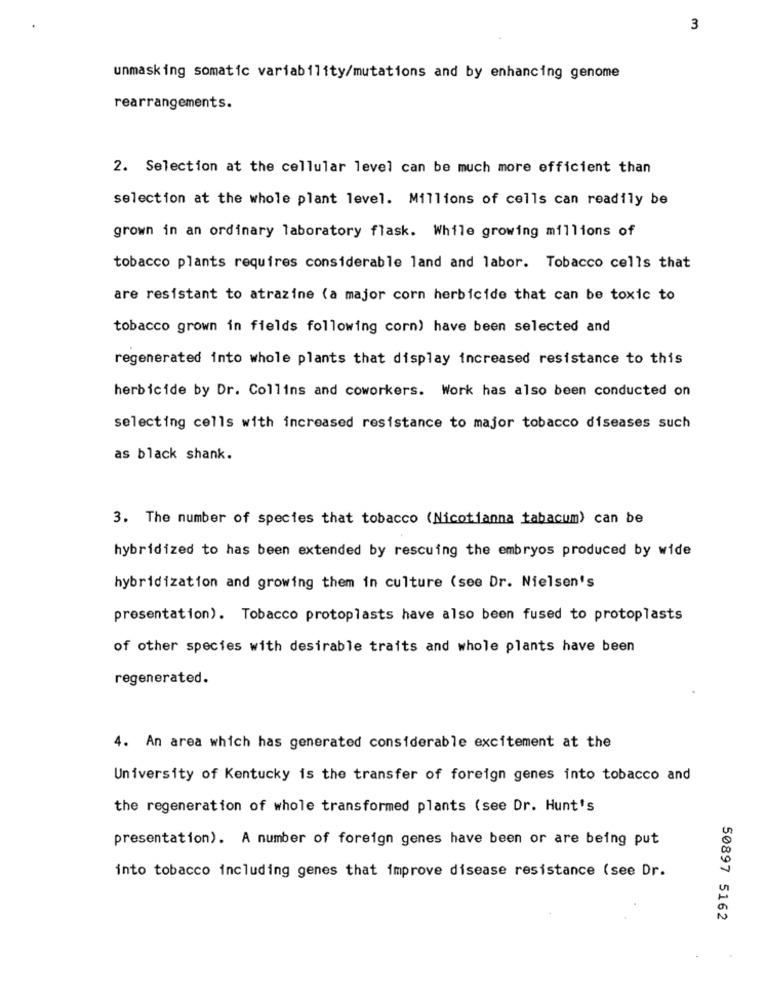
3
unmasking somatic variability/mutations and by enhancing genome
rearrangements.
2. Selection at the cellular level can be much more efficient than
selection at the whole plant level. Millions of cells can readily be
grown in an ordinary laboratory flask. While growing millions of
tobacco plants requires considerable land and labor. Tobacco cells that
are resistant to atrazine (a major corn herbicide that can be toxic to
tobacco grown in fields following corn) have been selected and
regenerated into whole plants that display increased resistance to this
herbicide by Dr. Collins and coworkers. Work has also been conducted on
selecting cells with increased resistance to major tobacco diseases such
as black shank.
3. The number of species that tobacco (Nicotianna tabacum) can be
hybridized to has been extended by rescuing the embryos produced by wide
hybridization and growing them in culture (see Dr. Nielsen's
presentation). Tobacco protoplasts have also been fused to protoplasts
of other species with desirable traits and whole plants have been
regenerated.
4. An area which has generated considerable excitement at the
University of Kentucky is the transfer of foreign genes into tobacco and
the regeneration of whole transformed plants (see Dr. Hunt's
presentation). A number of foreign genes have been or are being put
into tobacco including genes that improve disease resistance (see Dr.
50897 5162